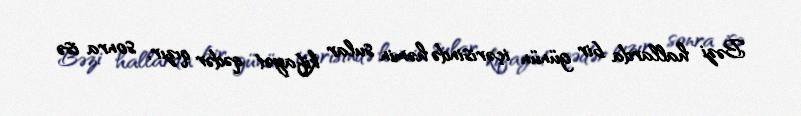
Bəzi hallarda bir günün içərisində həmin sular kifayət qədər qızır, sonra isə